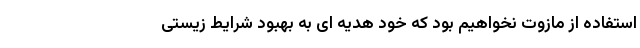
استفاده از مازوت نخواهیم بود که خود هدیه ای به بهبود شرایط زیستی